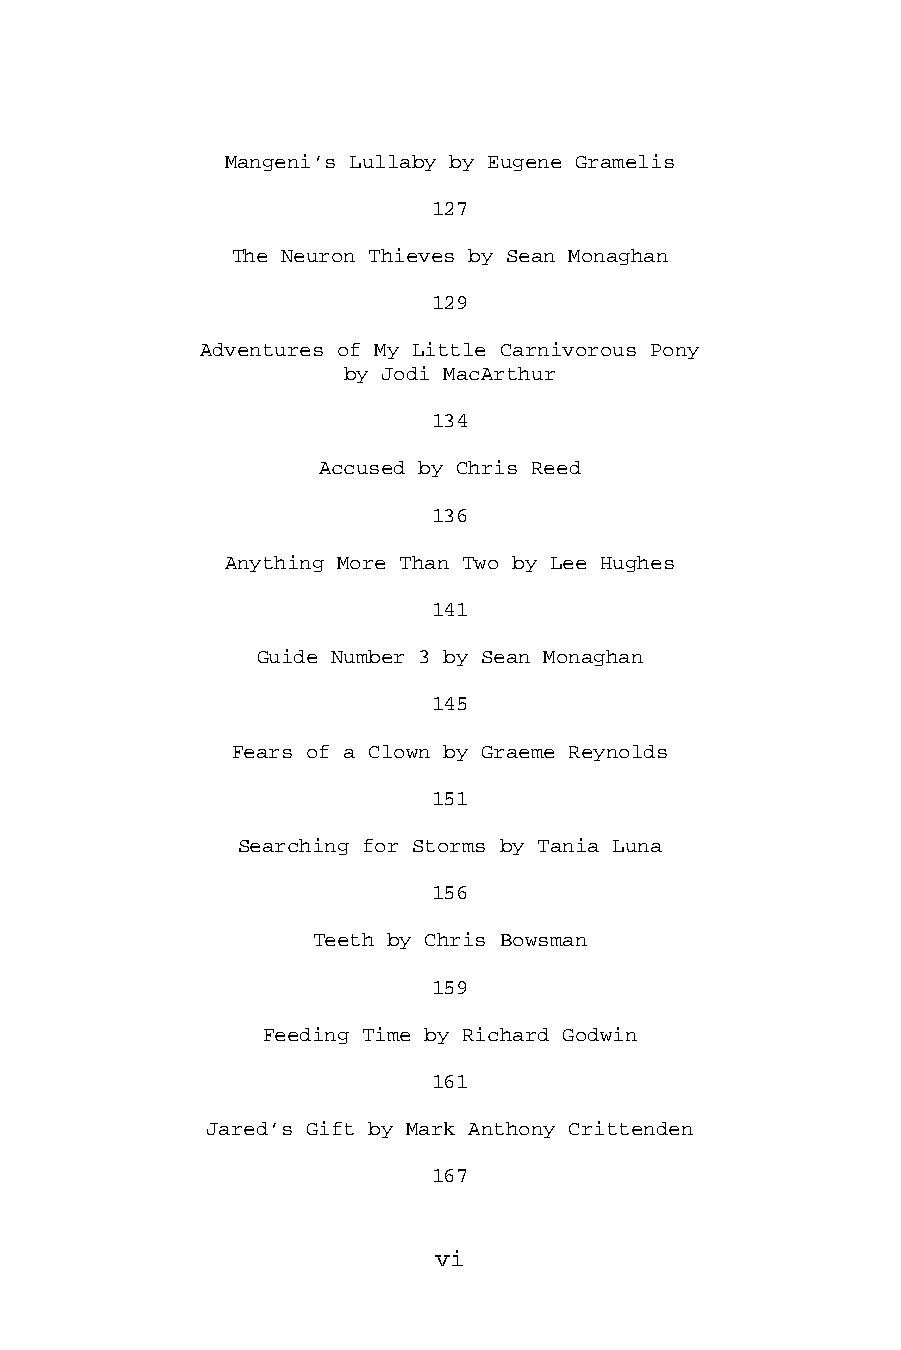
Mangeni’s Lullaby by Eugene Gramelis
 127
 The Neuron Thieves by Sean Monaghan
 129
 Adventures of My Little Carnivorous Pony
 by Jodi MacArthur
 134
 Accused by Chris Reed
 136
 Anything More Than Two by Lee Hughes
 141
 Guide Number 3 by Sean Monaghan
 145
 Fears of a Clown by Graeme Reynolds
 151
 Searching for Storms by Tania Luna
 156
 Teeth by Chris Bowsman
 159
 Feeding Time by Richard Godwin
 161
 Jared’s Gift by Mark Anthony Crittenden
 167
 vi